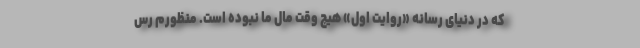
که در دنیای رسانه «روایت اول» هیچ وقت مال ما نبوده است. منظورم رس